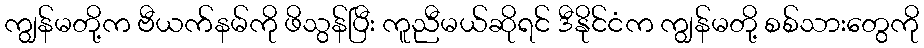
ကျွန်မတို့က ဗီယက်နမ်ကို ဖိသွန်ပြီး ကူညီမယ်ဆိုရင် ဒီနိုင်ငံက ကျွန်မတို့ စစ်သားတွေကို